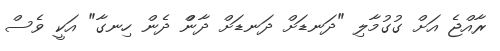
ރާއްޖެ އަށް ގުގުމާލި "ދަނޑަށް ދަނޑަށް ދާންް ދެން ހިނގާ" އަކީ ވެސް